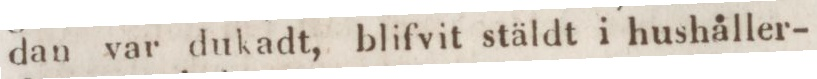
dan var dukadt, blifvit stäldt i hushåller-